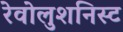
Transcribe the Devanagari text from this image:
रेवोलुशनिस्ट